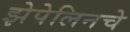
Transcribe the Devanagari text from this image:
झेपेलिनचे